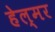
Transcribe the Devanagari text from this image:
हेल्मर